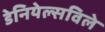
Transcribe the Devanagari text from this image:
डेनियेल्सविले